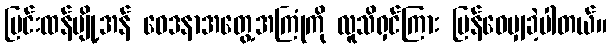
ပြင်းထန်ပျို့အန် ဝေဒနာအတွေ့အကြုံကို လူသိရှင်ကြား ပြန်ဝေမျှခဲ့ပါတယ်။